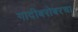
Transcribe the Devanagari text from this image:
गादीबरोबरचा